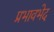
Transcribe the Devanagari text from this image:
प्रभावभेद